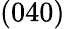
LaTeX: (040)